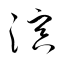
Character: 溟